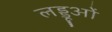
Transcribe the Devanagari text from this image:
लड्डूओं